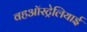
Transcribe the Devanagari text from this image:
वहऑस्ट्रेलियाई